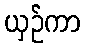
ယှဉ်ကာ